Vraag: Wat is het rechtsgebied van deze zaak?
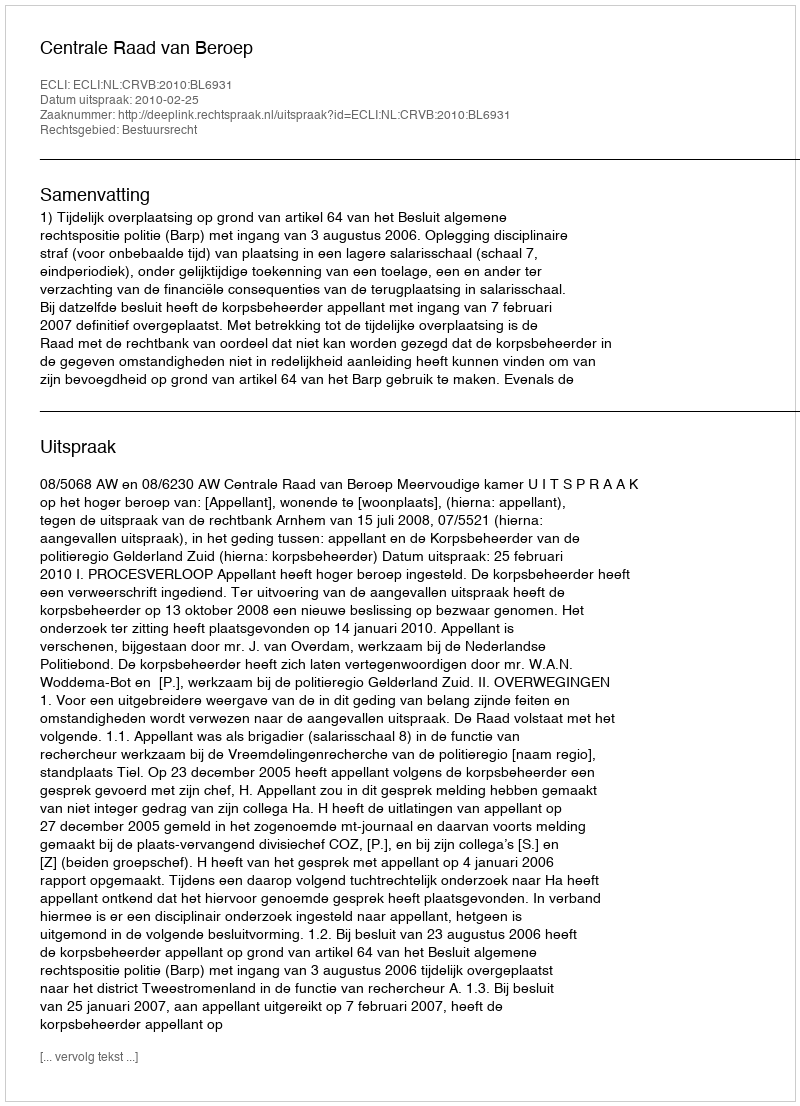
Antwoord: Bestuursrecht